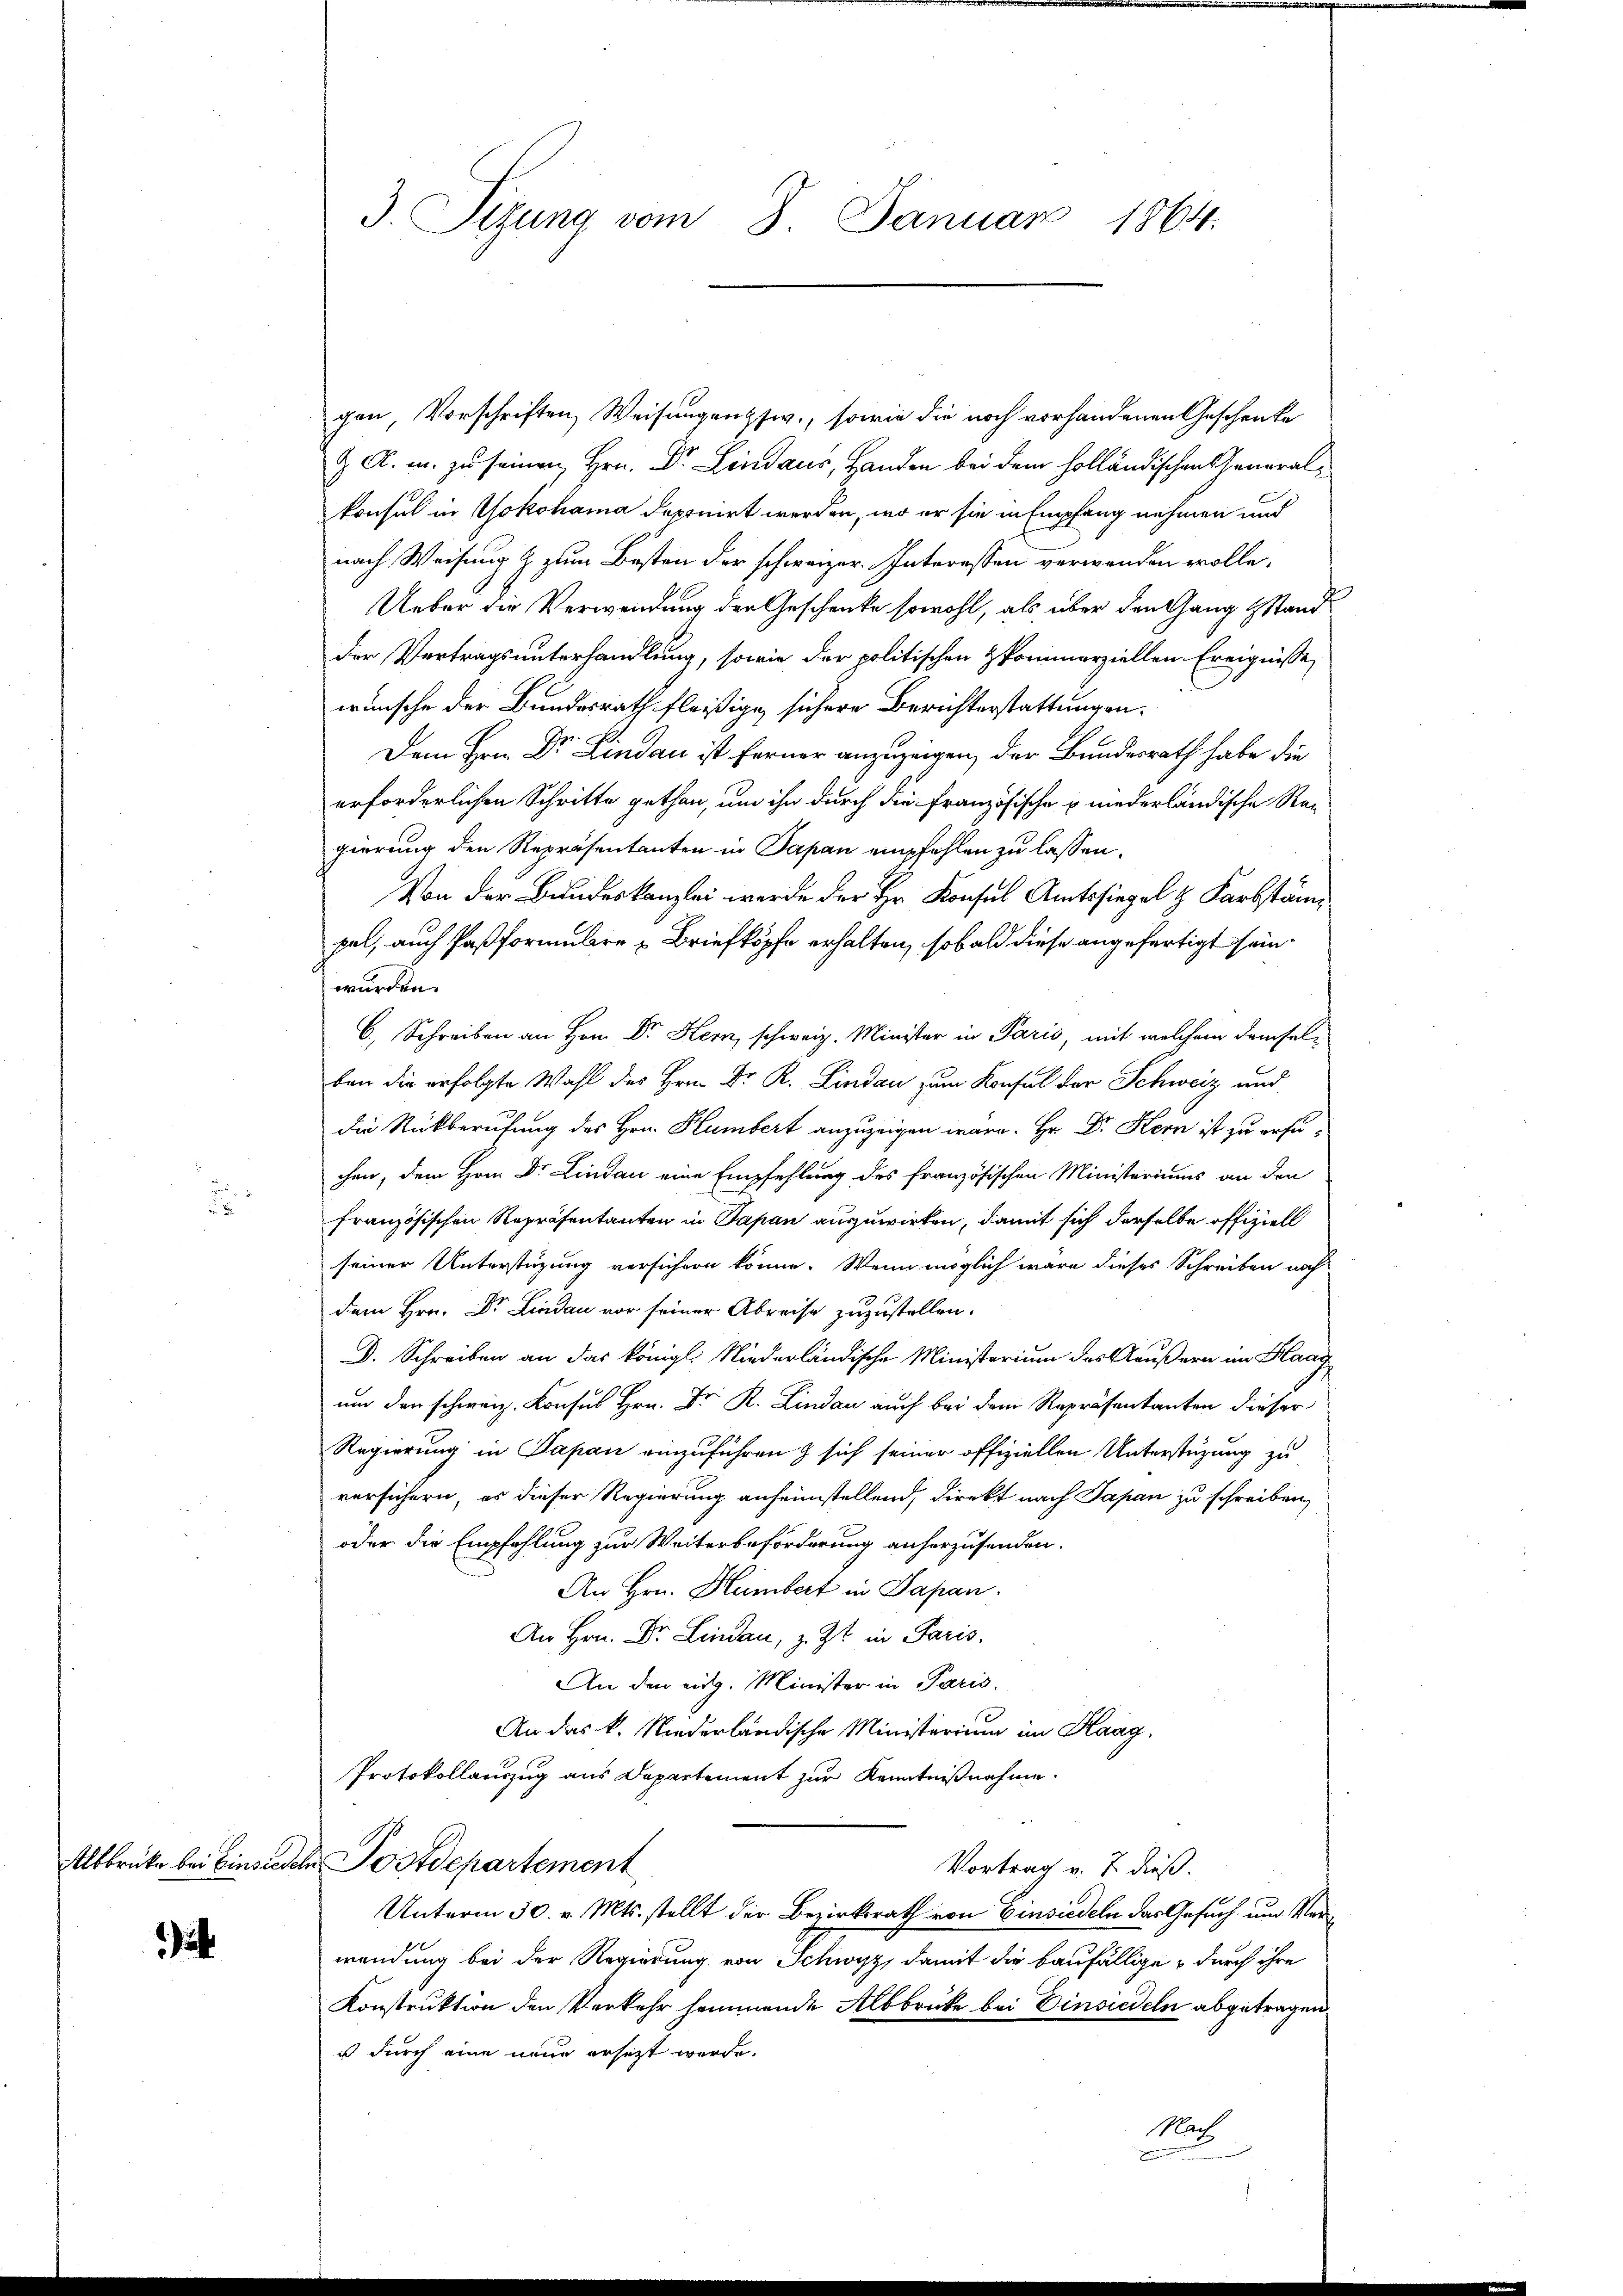
F

a

3. Sitzung vom 8. Januar 1864.

gen, Vorschriften Weisungenssw., sowie die noch vorhandenen Geschenke
Z. A. m. zu seinen Hrn. Dr. Lindaus, Handen bei dem holländischen Generalkonsul in Yokohama deponirt werden, wo er sie in Empfang nehmen und
nach Weisung & zum Besten der schweizer. Interessen verwenden wolle.
Ueber die Verwendung der Geschenke sowohl, als über den Gang Stand
der Vertragsunterhandlung, sowie der politischen Pommerziellen Ereignisse,
wünsche der Bundesrath fleißige sichere Berichterstattungen.
Dem Hrn. Dr. Lindau ist ferner anzuzeigen, der Bundesrath habe die
erforderlichen Schritte gethan, um ihn durch die Französische niederländische Re-
gierung den Repräsentanten in Papan empfehlen zu lassen.
Von der Bundeskanzlei werde der Hr. Konsul Amtssiegel & Farbstänpal, auch Paß formulare Briefköpfe erhalten, sobald diese angefertigt sein.
wurden.
6. Schreiben an Hrn. Dr. Kern, schweiz. Minister in Paris, mit welchem demselben die erfolgte Wahl des Hrn. Dr. R. Lindau zum Konsul der Schweiz und
die Rückberufung des Hrn. Humbert anzuzeigen wäre. Hr. Dr Kern ist zu ersuchen, dem Hrn. Dr. Lindau eine Empfehlung des französischen Ministeriums an den
französischen Repräsentanten in Japan auszuwirken, damit sich derselbe offiziell
seiner Unterstüzung versichern könne. Wenn möglich wäre dieses Schreiben nach
dem Hrn. Dr. Lindau vor seiner Abreise zuzustellen.
D. Schreiben an das königl. Niederländische Ministerium des Aeußern im Flaagum den schweiz. Konsul Hrn. Dr. R. Lindau auch bei dem Repräsentanten dieser
Regierung in Papan einzuführen & sich seiner offiziellen Unterstüzung zu
versichern, es dieser Regierung aufeinstellend, direkt nach Papan zu schreiben,
oder die Empfehlung zur Weiterbeförderung anherzusenden.
An Hrn. Humbert in Papan.
An Hrn. Dr. Lindau, z. Zt. in Paris.
An den eidg. Minister in Paris.
An das k. Niederländische Ministerium im Haag,
Protokollauszug aus Departement zur Kenntnißnahme.
Alsbrücke bei Einsiedeln Postdepartement
Vortrag v. 7. dieß.
Unterm 30. v. Mts. stellt der Bezirksrath von Einsiedeln das Gesuch um Verwendung bei der Regierung von Schwyz, damit die baufällige durch ihre
Konstruktion den Verkehr hemmende Albbricke bei Einsiedeln abgetragen
ist durch eine neue ersetzt werde.
Not